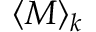
\langle M \rangle _ { k }